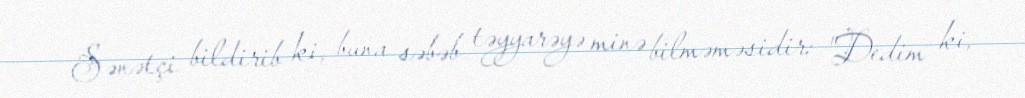
Sənətçi bildirib ki, buna səbəb təyyarəyə minə bilməməsidir: "Dedim ki,